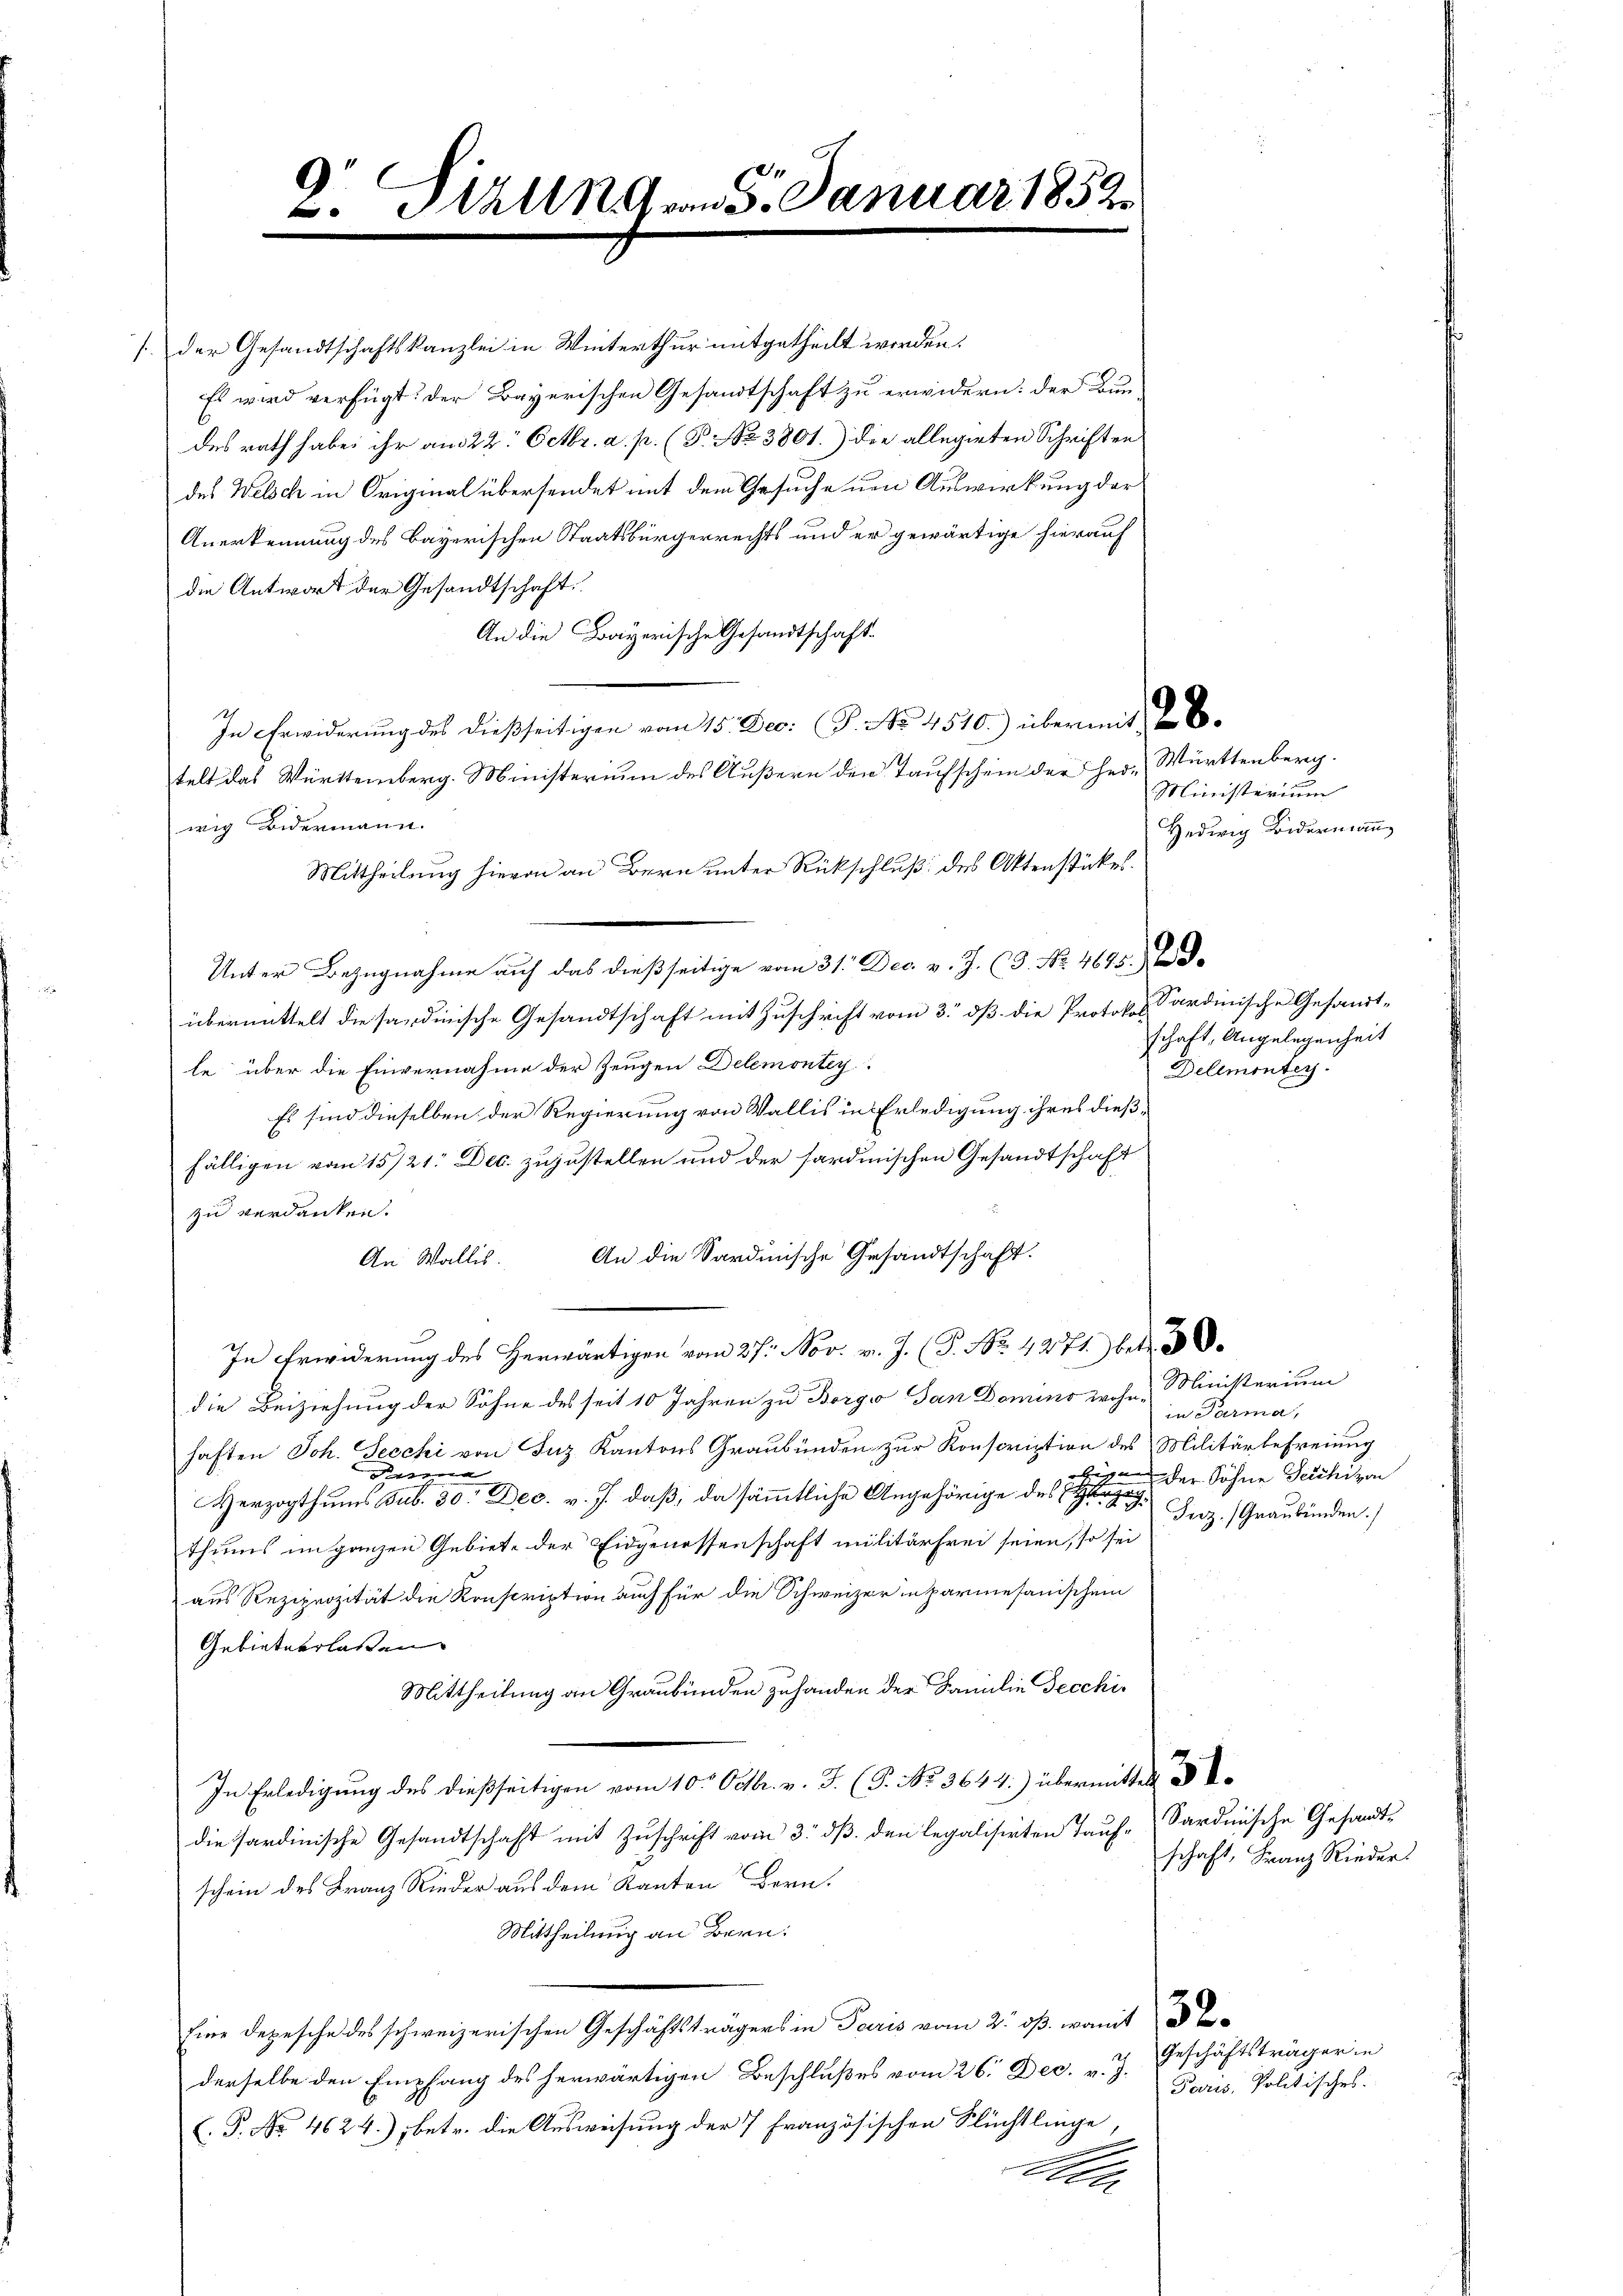
7

der Gesandtschaftskanzlei in Winterthur mitgetheilt worden.
Es wird verfügt: der Bayerischen Gesandtschaft zu erwidern: der Bun-
desrath habe ihr am 22. Octbr. a. p. (T. No 3801.) die allegirten Schriften
des Welsch in Original übersendet mit dem Gesuche um Auswirkung der
Anerkennung des Bayerischen Staatsbürgerrechts und er gewärtige hierauf
die Antwort der Gesandtschaft
An die Bayerische Gesandtschaft.
In Erwiderung des dießseitigen vom 15. Dec. P. No. 4510.) übermit
telt das Württemberg. Ministerium des Äußern den Taufschein der Her-Württenberg.
wig Bidermann.
Mittheilung hievon an Bern unter Rückschluß des Aktenstückes.
Unter Bezugnahme auf das dießseitige vom 31. Dec. v. J. (3. No. 4645.) d
übermittelt die sardinische Gesandtschaft mit Zuschrift vom 3. dß die Protokoll Sardinische Gesandt-
te über die Einvernahme der Zeugen Delemontey
Es sind dieselben der Regierung von Wallis in Erledigung ihres dießfälligen vom 15./21. Dec. zuzustellen und der sardinischen Gesandtschaft
zu verdanken.
An Wallis. An die Sardinische Gesandtschaft.
In Erwiderung des Herwärtigen vom 27. Nov. v. J. (T. No. 4271) betr.
die Beiziehung der Söhne des seit 10 Jahren zu Borgio San Domino wohn- Ministerium
haften Joh. Secchi von Inz Kantons Graubünden zur Konscription des Militärbefreiung
Den
Herzogthums sub. 30. Dec. v. J. daß, da sämmtliche Angehörige des Herz
thums unganzen Gebiete der Eidgenossenschaft militärfrei seien, so sei
aus Reziprozität die Konscription auch für die Schweizer in parmesanischen
Gebieterlassen
Mittheilung an Graubünden zuhanden der Familie Gecchi¬
In Erledigung des dießseitigen vom 10. Octbr. v. J. (T. No. 3644.) übermitter
die sardinische Gesandtschaft mit Zuschrift vom 3. ds. den legalisirten Tauf-Sardinische Gesandt-
schein des Franz Rieder aus dem Kanton Bern.
Mittheilung an Bern.
Eine Depesche des schweizerischen Geschäftsträgers in Paris vom 2. ds. womit 8
derselbe den Empfang des herwärtigen Beschlußes vom 26. Dec. v. J.
.P. No 4624), betr. die Ausweisung der 7 Französischen Flüchtlinge
d

2. Millng vom 5. Januar 1852.

Ministerium
Hedwig Widermann

schaft, Angelegenheit
Delementer

in Parma,
ege der Söhne Teichizon
Juz Graubünden.)

Geschäftsträger in
Paris, Politisches.

schaft, Franz Rieder.